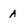
Character: A